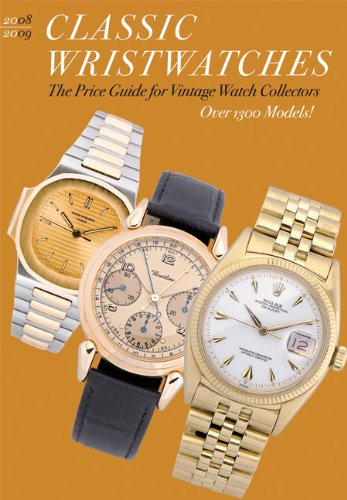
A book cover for Classic Wristwatches 2008/2009: The Price Guide for Vintage Watch Collectors Over 1300 Models! (Classic Wristwatches: A Catalog of Vintage Timepieces & Their Prices); Stefan Muser; Crafts, Hobbies & Home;